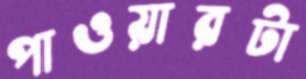
পাওয়ারটা